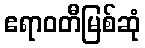
ဧရာဝတီမြစ်ဆုံ